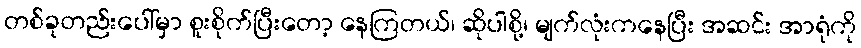
တစ်ခုတည်းပေါ်မှာ စူးစိုက်ပြီးတော့ နေကြတယ်၊ ဆိုပါစို့၊ မျက်လုံးကနေပြီး အဆင်း အာရုံကို